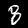
Digit: 8